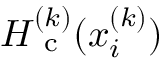
H _ { \mathrm { ~ c ~ } } ^ { ( k ) } ( x _ { i } ^ { ( k ) } )